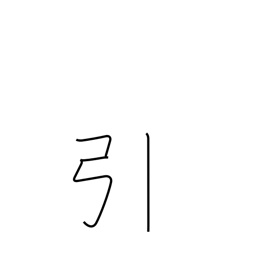
Meaning: pull